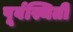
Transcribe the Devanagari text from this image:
पूर्वस्थिती